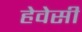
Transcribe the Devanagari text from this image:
हेवेसी